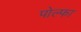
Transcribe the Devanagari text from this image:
पोल्फा